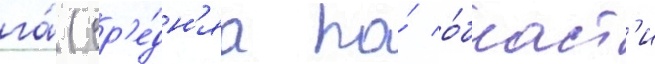
га́ (ср'е́дн'яа по́ о́бласт'и